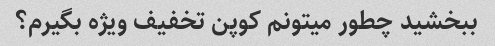
ببخشید چطور میتونم کوپن تخفیف ویژه بگیرم؟